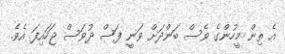
އެ ތިން މީހުންގެ ވެސް ބަންދަށް ވަނީ ފަސް ދުވަސް ޖަހައިފަ އެވެ.